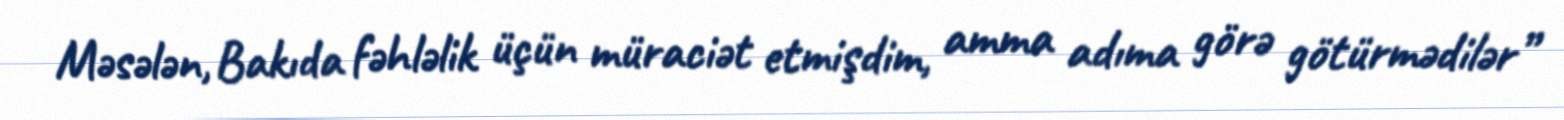
Məsələn, Bakıda fəhləlik üçün müraciət etmişdim, amma adıma görə götürmədilər”